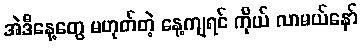
အဲဒီနေ့တွေ မဟုတ်တဲ့ နေ့ကျရင် ကိုယ် လာမယ်နော်